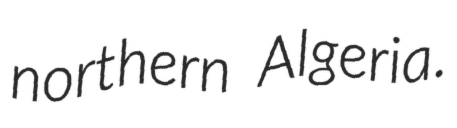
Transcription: northern Algeria.